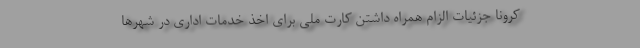
کرونا جزئیات الزام همراه داشتن کارت ملی برای اخذ خدمات اداری در شهرها